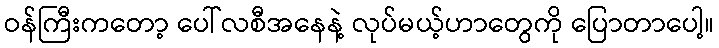
ဝန်ကြီးကတော့ ပေါ်လစီအနေနဲ့ လုပ်မယ့်ဟာတွေကို ပြောတာပေါ့။